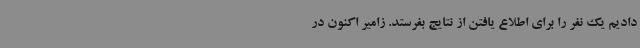
دادیم یک نفر را برای اطلاع یافتن از نتایج بفرستد. زامیر اکنون در